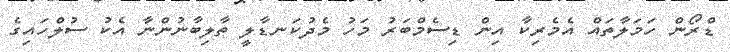
ޑްރޯން ހަމަލާތައް އެމެރިކާ އިން ޑިސެމްބަރު މަހު މެދުކަނޑާލީ ތާލިބާނުންނާ އެކު ސުލްހައިގެ